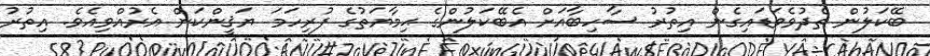
ބޭކަލުން ތެދުވެވަޑައިގެން އިތުރު ސާހިބާއަށް އެބޭކަލުންގެ ޙިމާޔަތުގެ ފުރިހަމަ ޔަޤީންކަން އެރުއްވިއެވެ. އިތުރު